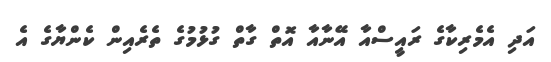
އަދި އެމެރިކާގެ ރައީސްއާ އޭނާއާ އޮތް ގާތް ގުޅުމުގެ ތެރެއިން ކެންޔާގެ އެ